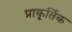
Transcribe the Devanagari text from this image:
प्राकृर्तिक